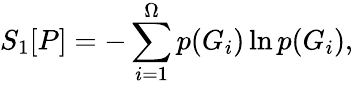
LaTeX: S_{1}[P]=-\sum_{i=1}^{\Omega}p(G_{i})\ln p(G_{i}),